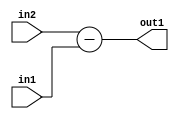
`timescale 1ps / 1ps
/*****************************************************************************
    Verilog RTL Description
    
    
    Created by: Stratus DpOpt 21.05.01 
*******************************************************************************/

module Filter_Sub_12Ux8U_12U_4 (
	in2,
	in1,
	out1
	); /* architecture "behavioural" */ 
input [11:0] in2;
input [7:0] in1;
output [11:0] out1;
wire [11:0] asc001;

assign asc001 = 
	+(in2)
	-(in1);

assign out1 = asc001;
endmodule

/* CADENCE  ubH2SQA= : u9/ySxbfrwZIxEzHVQQV8Q== ** DO NOT EDIT THIS LINE ******/